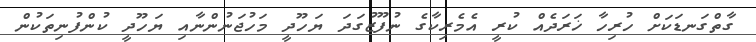
ގާތްގަނޑަކަށް ހުރިހާ ޚަރަދެއް ކުރީ އެމެރިކާގެ ނުފޫޒުގަދަ ޔަހޫދީ މަހުޖަނުންނާއި ޔަހޫދީ ކުންފުނިތަކުން